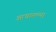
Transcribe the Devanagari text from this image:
आधारल्या